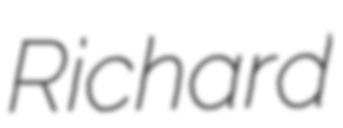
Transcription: Richard